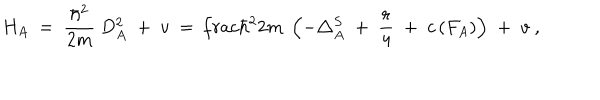
LaTeX: H _ { A } \ = \ \frac { \hbar ^ { 2 } } { 2 m } \ D _ { A } ^ { 2 } \; + \; v \ = \, \frac { \hbar ^ { 2 } } { 2 m } \; \left( - \triangle _ { A } ^ { S } \; + \; \frac r 4 \; + \; c \left( F _ { A } \right) \right) \; + \; v \ ,